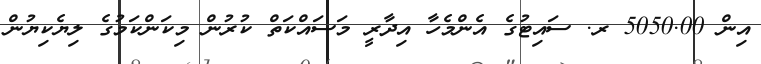
އިން 5050.00 ރ. ސައިޓުގެ އެންމެހާ އިދާރީ މަސައްކަތް ކުރުން މިކަންކަމުގެ ލިޔެކިޔުން